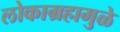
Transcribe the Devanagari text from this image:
लोकाग्रहामुळे